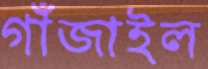
গাঁজাইল